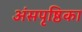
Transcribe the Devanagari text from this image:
अंसपृष्ठिका